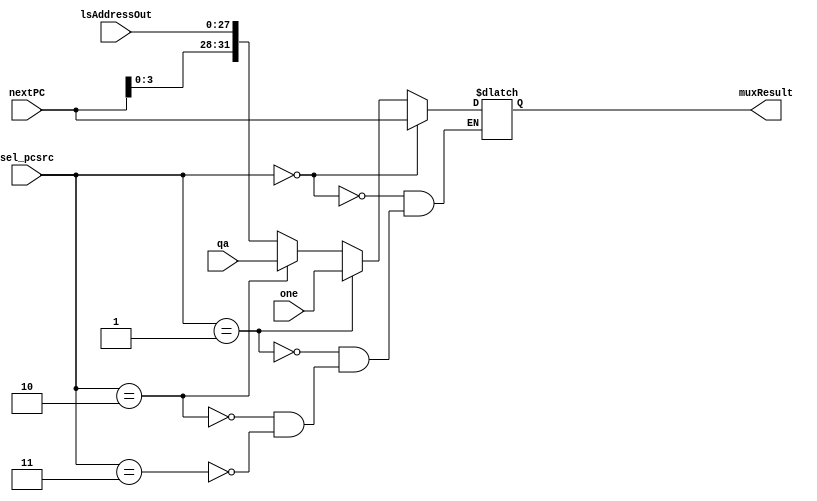
`timescale 1ns / 1ps
//////////////////////////////////////////////////////////////////////////////////
// Company: 
// Engineer: 
// 
// Design Name: 
// Module Name: Mux
// Project Name: 
// Target Devices: 
// Tool Versions: 
// Description: 
// 
// Dependencies: 
// 
// Revision:
// Revision 0.01 - File Created
// Additional Comments:
// 
//////////////////////////////////////////////////////////////////////////////////


module Mux(input [31:0] nextPC, input [31:0] one, input [31:0] qa, input[27:0] lsAddressOut, input [2:0] sel_pcsrc, output reg [31:0] muxResult);
    always @(*) begin 
        if(sel_pcsrc == 2'b00) begin
            muxResult <= nextPC;
        end
        else if (sel_pcsrc == 2'b01) begin
            muxResult <= one;
        end
        else if (sel_pcsrc == 2'b10) begin
            muxResult <= qa;
        end
        else if (sel_pcsrc == 2'b11) begin
            muxResult <= {nextPC[3:0],lsAddressOut};
        end
        
    end
endmodule